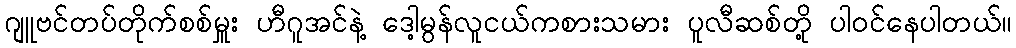
ဂျူဗင်တပ်တိုက်စစ်မှူး ဟီဂူအင်နဲ့ ဒေါ့မွန်လူငယ်ကစားသမား ပူလီဆစ်တို့ ပါဝင်နေပါတယ်။